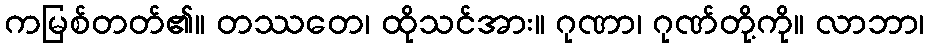
ကမြစ်တတ်၏။ တဿတေ၊ ထိုသင်အား။ ဂုဏာ၊ ဂုဏ်တို့ကို။ လာဘာ၊